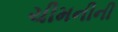
ચીમનીની